system: You are a helpful assistant.
user:
Analyze the provided spectrum to determine if it is a **M-type Giant (gM)**.

A M-type Giant spectrum is defined by its **strong molecular absorption** features, particularly from **Titanium Oxide (TiO)**. You must check for one of the following mutually exclusive signatures:

- **Key Visual Indicators (Absorption-Dominated Spectrum):**

    - **(Primary):** The spectrum is dominated by strong molecular absorption from **Titanium Oxide (TiO)**. This is the **defining feature** of its M-type temperature class.
        - **(Key Bandheads):** Look for sharp, "saw-tooth" absorption valleys. The strongest are located near **~7050 Å**, **~6160 Å**, and **~5170 Å**.
        - **(Line Profile):** The "saw-tooth" morphology is critical: a **sharp, steep drop on the BLUE (short-wavelength) side** of the bandhead, followed by a gradual recovery (rising flux) towards the RED (long-wavelength) side.

    - **(Key Confirmation - Giant vs. Dwarf):** **ABSENCE** of strong **Calcium Hydride (CaH)** molecular bands. This is the primary diagnostic for *excluding* M-dwarfs.
        - **(Key Region):** The spectrum should lack the strong, broad absorption band seen in dwarfs between **~6800 Å and ~7000 Å**.

    - **(Secondary Confirmation - Giant):** A very strong and broad **Neutral Calcium (Ca I)** atomic absorption line.
        - **(Key Line):** Located at **~4226 Å**. In a giant (gM), this line is significantly deeper and broader than the same line in an M-dwarf (dM) due to low surface gravity.

    - **(Overall Spectrum):**
        - The continuum is **extremely red-sloping** (i.e., flux is very low in the blue and rises dramatically towards the red).
        - The entire spectrum appears "chopped up" by the deep TiO bands.

Think first, call **spectral_visualization_tool** if needed to examine features in detail, then provide your final answer. Your response must adhere to the following strict rules:
1.  **Overall Structure:** Your response must follow the format `<think>...</think> <tool_call>...</tool_call> (if a tool is used) <answer>...</answer>`.
2.  **Tool Usage Constraint:** You may only make **one** tool call per turn.
3.  **Final Answer Format:** In the `<answer>` tag, your conclusion must be inside a `\boxed{}` command (e.g., `\boxed{YES}` or `\boxed{NO}`), followed by your justification.

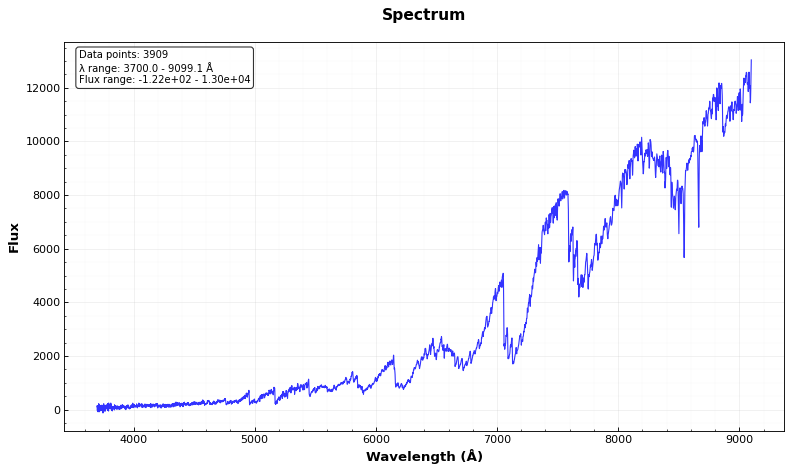
Answer: YES